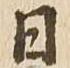
日